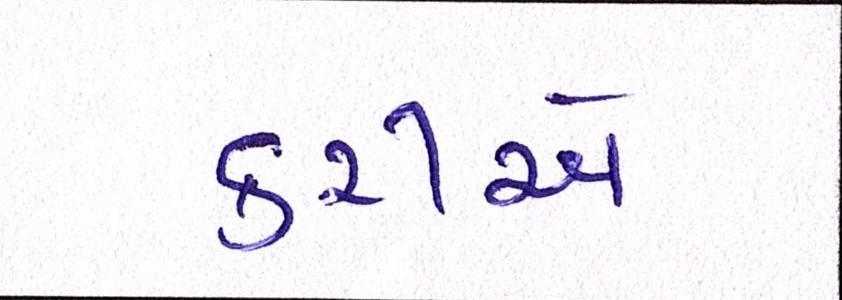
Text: કરીએ